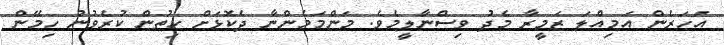
އަހަރެން އަމިއްލަ ޒަމީރާ މެދު ވިސްނާލީމެވެ. މަންމަމެންނާ ދެކޮޅަށް ހިތުން ކުރެވުނު ހިމޭން